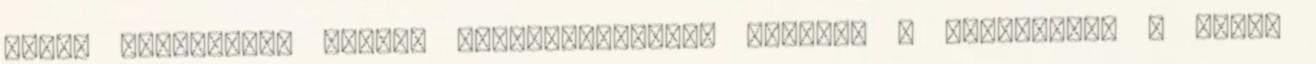
egyik legnagyobb online kiszivárogtatás Kínában – jelentette a South